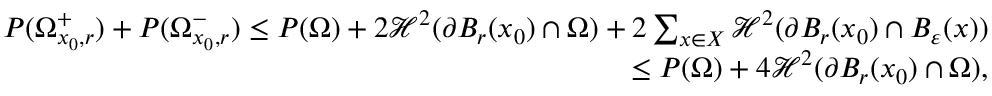
\begin{array} { r } { P ( \Omega _ { x _ { 0 } , r } ^ { + } ) + P ( \Omega _ { x _ { 0 } , r } ^ { - } ) \leq P ( \Omega ) + 2 \mathcal H ^ { 2 } ( \partial B _ { r } ( x _ { 0 } ) \cap \Omega ) + 2 \sum _ { x \in X } \mathcal H ^ { 2 } ( \partial B _ { r } ( x _ { 0 } ) \cap B _ { \varepsilon } ( x ) ) } \\ { \leq P ( \Omega ) + 4 \mathcal H ^ { 2 } ( \partial B _ { r } ( x _ { 0 } ) \cap \Omega ) , } \end{array}